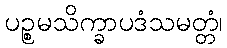
ပဉ္စမသိက္ခာပဒံသမတ္တံ၊